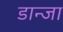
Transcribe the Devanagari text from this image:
डान्जा